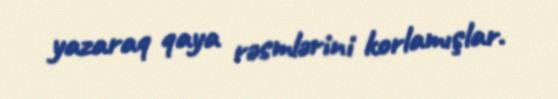
yazaraq qaya rəsmlərini korlamışlar.